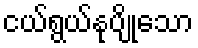
ငယ်ရွယ်နုပျိုသော